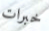
خبرات